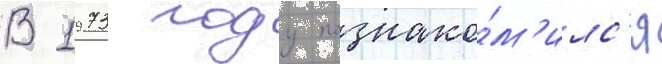
В 1973 году познако́м'илс'я